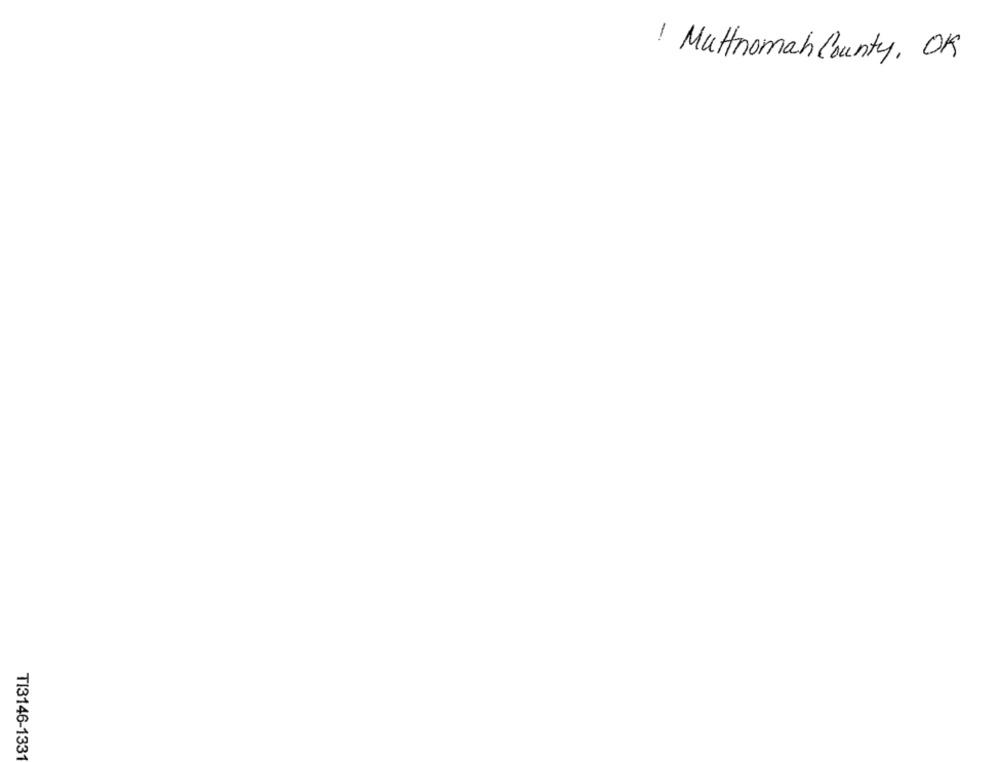
/ Multnomah County, OK
TI3146-133